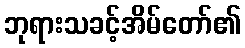
ဘုရားသခင့်အိမ်တော်၏